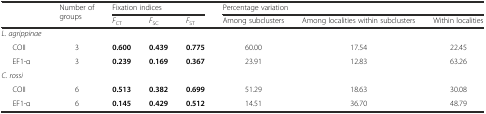
<table><thead><tr><td rowspan="2"></td><td rowspan="2"><b>Number of groups</b></td><td colspan="3"><b>Fixation indices</b></td><td colspan="3"><b>Percentage variation</b></td></tr><tr><td><b><i>F</i><sub>CT</sub></b></td><td><b><i>F</i><sub>SC</sub></b></td><td><b><i>F</i><sub>ST</sub></b></td><td><b>Among subclusters</b></td><td><b>Among localities within subclusters</b></td><td><b>Within localities</b></td></tr></thead><tbody><tr><td><i>L. agrippinae</i></td><td></td><td></td><td></td><td></td><td></td><td></td><td></td></tr><tr><td>COII</td><td>3</td><td><b>0.600</b></td><td><b>0.439</b></td><td><b>0.775</b></td><td>60.00</td><td>17.54</td><td>22.45</td></tr><tr><td>EF1-α</td><td>3</td><td><b>0.239</b></td><td><b>0.169</b></td><td><b>0.367</b></td><td>23.91</td><td>12.83</td><td>63.26</td></tr><tr><td><i>C. rossi</i></td><td></td><td></td><td></td><td></td><td></td><td></td><td></td></tr><tr><td>COII</td><td>6</td><td><b>0.513</b></td><td><b>0.382</b></td><td><b>0.699</b></td><td>51.29</td><td>18.63</td><td>30.08</td></tr><tr><td>EF1-α</td><td>6</td><td><b>0.145</b></td><td><b>0.429</b></td><td><b>0.512</b></td><td>14.51</td><td>36.70</td><td>48.79</td></tr></tbody></table>